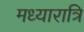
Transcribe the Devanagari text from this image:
मध्यारात्रि